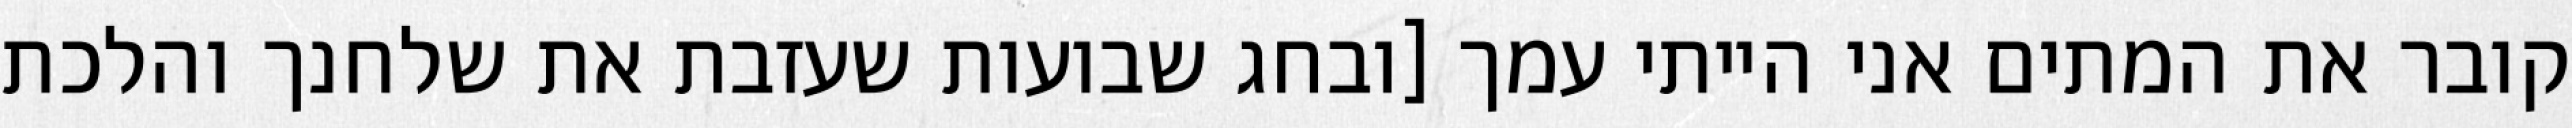
קובר את המתים אני הייתי עמך [ובחג שבועות שעזבת את שלחנך והלכת